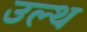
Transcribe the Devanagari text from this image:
उल्थ